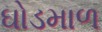
ઘોડમાળ